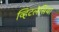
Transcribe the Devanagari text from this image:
व्हिटलेसिया